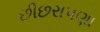
છીછરાપણા